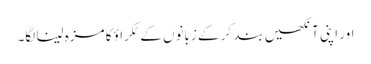
اور اپنی آنکھیں بند کر کے زبانوں کے ٹکراؤ کا مزہ لینا لگا۔